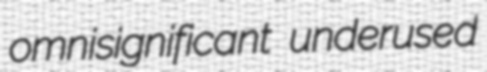
omnisignificant underused